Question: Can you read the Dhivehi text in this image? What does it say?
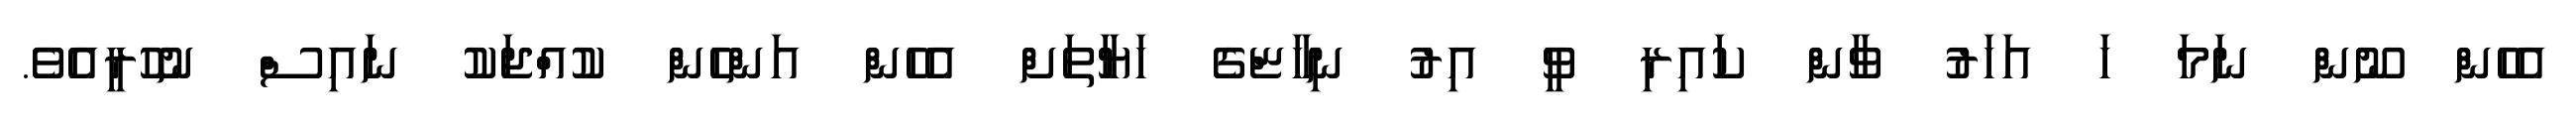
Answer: އެހެން ނޫން ނަމަ ހަ އަހަރު ވާން ކައިރި ވީ އިރު ނިހާޏްގެ ހަޔާތަށް އެހެން އަންހެން ކުއްޖަކު ނައިސް ނުހުރީއެވެ.